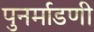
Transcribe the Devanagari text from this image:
पुनर्माडणी